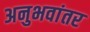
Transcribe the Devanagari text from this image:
अनुभवांतर